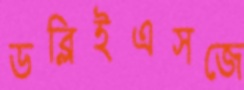
ডব্লিইএসজে